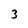
Character: 3